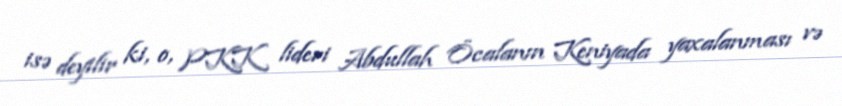
isə deyilir ki, o, PKK lideri Abdullah Öcalanın Keniyada yaxalanması və